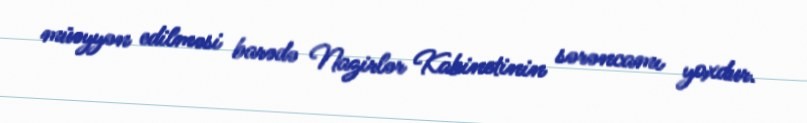
müəyyən edilməsi barədə Nazirlər Kabinetinin sərəncamı yoxdur.